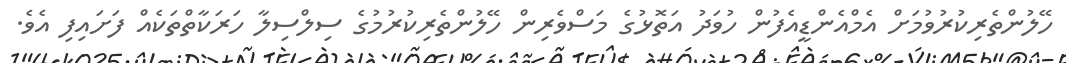
ހޭލުންތެރިކުރުވުމަށް އެމްއެންޑީއެފުން ހުވަދު އަތޮޅުގެ މަސްވެރިން ހޭލުންތެރިކުރުމުގެ ސިލްސިލާ ހަރަކާތްތަކެއް ފަށައިފި އެވެ.